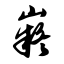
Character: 嶷